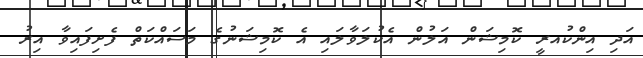
އަދި އިންކުއރީ ކޮމިޝަން އަލުން އެކުލަވާލައި އެ ކޮމިޝަނުގެ މަސައްކަތް ފެށިފައިވާ އިރު